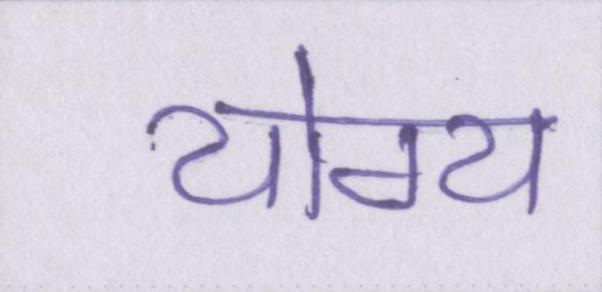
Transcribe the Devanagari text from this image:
योग्य